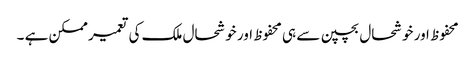
محفوظ اور خوشحال بچپن سے ہی محفوظ اور خوشحال ملک کی تعمیر ممکن ہے ۔